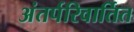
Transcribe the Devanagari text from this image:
अंतर्परिवार्तित